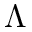
\Lambda